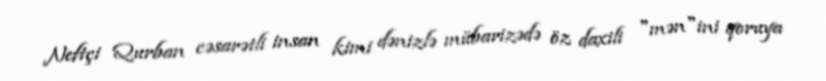
Neftçi Qurban cəsarətli insan kimi dənizlə mübarizədə öz daxili "mən"ini qoruya